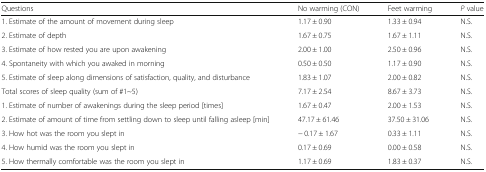
<table><thead><tr><td><b>Questions</b></td><td><b>No warming (CON)</b></td><td><b>Feet warming</b></td><td><b><i>P</i> value</b></td></tr></thead><tbody><tr><td>1. Estimate of the amount of movement during sleep</td><td>1.17 ± 0.90</td><td>1.33 ± 0.94</td><td>N.S.</td></tr><tr><td>2. Estimate of depth</td><td>1.67 ± 0.75</td><td>1.67 ± 1.11</td><td>N.S.</td></tr><tr><td>3. Estimate of how rested you are upon awakening</td><td>2.00 ± 1.00</td><td>2.50 ± 0.96</td><td>N.S.</td></tr><tr><td>4. Spontaneity with which you awaked in morning</td><td>0.50 ± 0.50</td><td>1.17 ± 0.90</td><td>N.S.</td></tr><tr><td>5. Estimate of sleep along dimensions of satisfaction, quality, and disturbance</td><td>1.83 ± 1.07</td><td>2.00 ± 0.82</td><td>N.S.</td></tr><tr><td>Total scores of sleep quality (sum of #1~5)</td><td>7.17 ± 2.54</td><td>8.67 ± 3.73</td><td>N.S.</td></tr><tr><td>1. Estimate of number of awakenings during the sleep period [times]</td><td>1.67 ± 0.47</td><td>2.00 ± 1.53</td><td>N.S.</td></tr><tr><td>2. Estimate of amount of time from settling down to sleep until falling asleep [min]</td><td>47.17 ± 61.46</td><td>37.50 ± 31.06</td><td>N.S.</td></tr><tr><td>3. How hot was the room you slept in</td><td>− 0.17 ± 1.67</td><td>0.33 ± 1.11</td><td>N.S.</td></tr><tr><td>4. How humid was the room you slept in</td><td>0.17 ± 0.69</td><td>0.00 ± 0.58</td><td>N.S.</td></tr><tr><td>5. How thermally comfortable was the room you slept in</td><td>1.17 ± 0.69</td><td>1.83 ± 0.37</td><td>N.S.</td></tr></tbody></table>